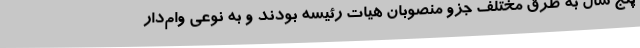
پنج سال به طرق مختلف جزو منصوبان هیات رئیسه بودند و به نوعی وام‌دار